Annual report on the working of the lock hospitals in the North-Western Provinces and Oudh
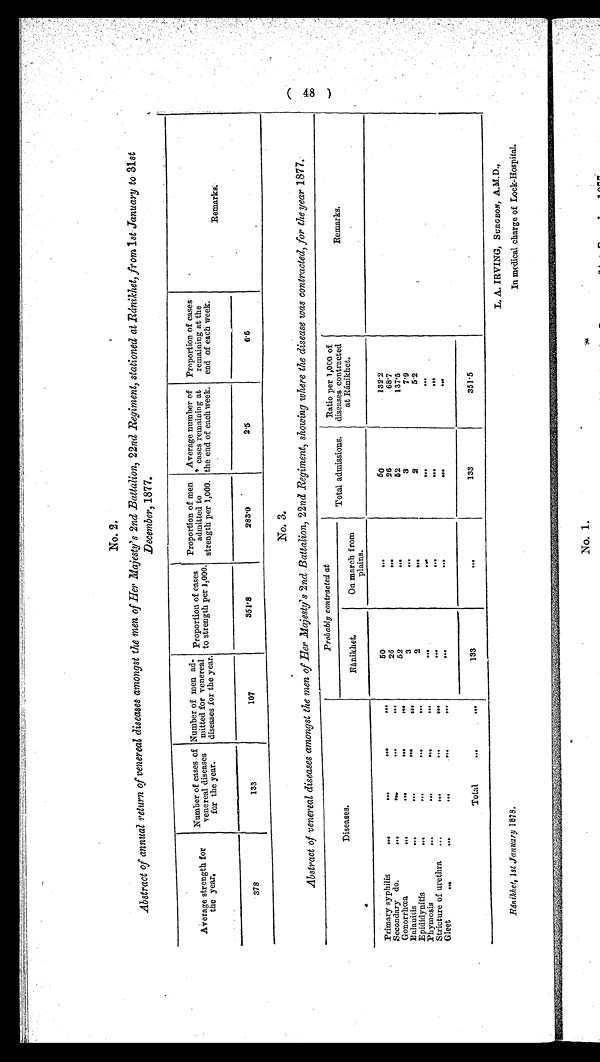
No. 2.
Abstract of annual return of venereal diseases amongst the men of Her Majesty's 2nd Battalion, 22nd Regiment, stationed at Ránikhet, from 1st January to 31st
December, 1877.
Average strength for
the year.
Number of cases of
venereal diseases
for the year.
Number of men ad
mitted for venereal
diseases for the year.
Proportion of cases
to strength per 1,000.
Proportion of men
admitted to
strength per 1,000.
Average number of
cases remaining at
the end of each week.
Proportion of cases
remaining at the
end of each week.
Remarks.
378
133
107
351·8
283·0
2·5
6·6
No. 3.
Abstract of venereal diseases amongst the men of Her Majesty's 2nd Battalion, 22nd Regiment, showing where the disease was contracted, for the year 1877.
Diseases.
Probably contracted at
Total admissions.
Ratio per 1,000 of
diseases contracted
at Ránikhet.
Remarks.
Ránikhet
On march from
plains.
Primary syphilis ...
...
...
. . .
50
. . .
50
132·2
Secondary do
...
...
...
...
26
. . .
26
68·7
Gonorrhœa
. . .
...
...
. . .
52
...
52
137·5
Balauitis
...
...
. . . . . .
3
. . .
3
7·9
Epididynitis
. . .
...
...
. . .
2
. . .
2
5·2
Phymosis
...
...
...
. . .
. . .
. . .
. . .
. . .
Stricture of urethra ...
... . . .
. . .
. . .
. . .
. . .
. . .
Gleet
...
. . .
...
...
. . .
. . .
. . .
. . .
. . .
Total
...
. . .
133
. . .
133
351·5
R á n i k h e t , 1 s t J a n u a r y 1 8 7 8 .
L. A. IRVING, SURGEON, A.M.D.,
In medical charge of Lock-Hospital.